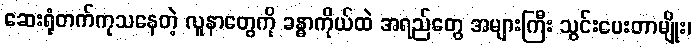
ဆေးရုံတက်ကုသနေတဲ့ လူနာတွေကို ခန္ဓာကိုယ်ထဲ အရည်တွေ အများကြီး သွင်းပေးတာမျိုး၊